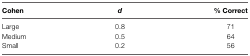
| Cohen | d | % Correct |
 | --- | --- | --- |
 | Large | 0.8 | 71 |
 | Medium | 0.5 | 64 |
 | Small | 0.2 | 56 |